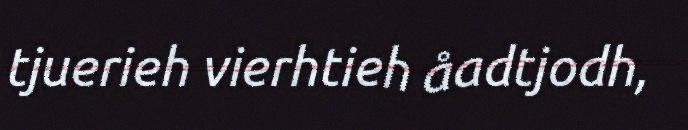
tjuerieh vierhtieh åadtjodh,